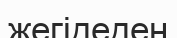
жегідеден